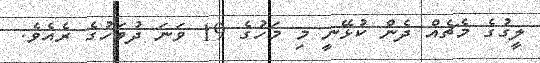
ލީގުގެ މެޗެއް ދެން ކުޅޭނީ މި މަހުގެ 19 ވަނަ ދުވަހުގެ ރެއެވެ.